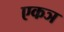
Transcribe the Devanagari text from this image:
एकञ